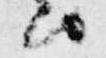
由